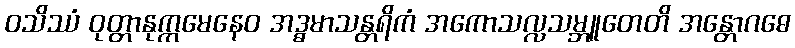
ဝသိဿံ ဝုတ္တာနုက္ကမေနေဝ အဒ္ဓမာသန္တရိကံ အကောသလ္လသမ္ဘူတေတိ အန္တောဂဓေ